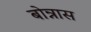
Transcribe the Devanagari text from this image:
बोन्नास